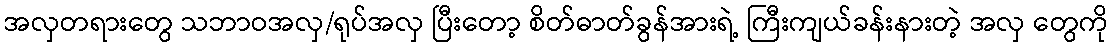
အလှတရားတွေ သဘာဝအလှ/ရုပ်အလှ ပြီးတော့ စိတ်ဓာတ်ခွန်အားရဲ့ ကြီးကျယ်ခန်းနားတဲ့ အလှ တွေကို